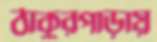
ঠাকুরপাড়ায়